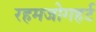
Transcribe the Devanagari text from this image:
रहमजोगहर्ट